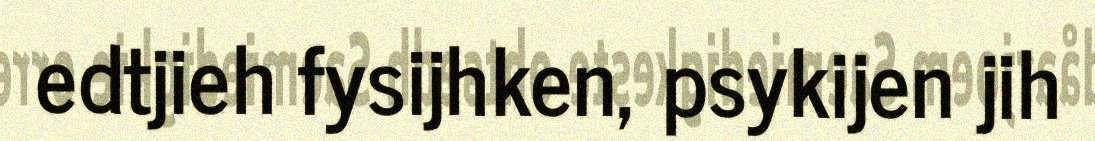
edtjieh fysijhken, psykijen jih